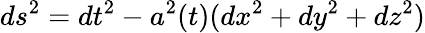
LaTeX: ds^{2}=dt^{2}-a^{2}(t)(dx^{2}+dy^{2}+dz^{2})